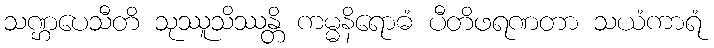
သဏ္ဌပေသီတိ သုဿူသိဿန္တိ ကမ္မနိရောဓံ ပီတိဖရဏတာ သယံကာရံ